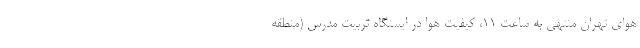
هوای تهران منتهی به ساعت ۱۱، کیفیت هوا در ایستگاه تربیت مدرس (منطقه